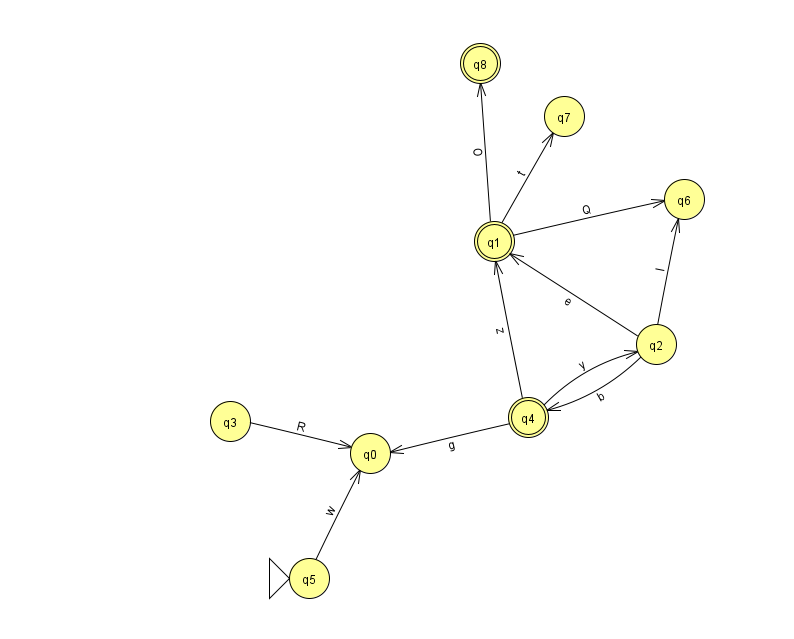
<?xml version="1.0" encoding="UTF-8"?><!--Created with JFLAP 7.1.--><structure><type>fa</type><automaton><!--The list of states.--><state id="0" name="q0"><x>370.0</x><y>440.0</y></state><state id="1" name="q1"><x>494.0</x><y>228.0</y><final/></state><state id="2" name="q2"><x>656.0</x><y>331.0</y></state><state id="3" name="q3"><x>230.0</x><y>408.0</y></state><state id="4" name="q4"><x>528.0</x><y>404.0</y><final/></state><state id="5" name="q5"><x>309.0</x><y>565.0</y><initial/></state><state id="6" name="q6"><x>684.0</x><y>186.0</y></state><state id="7" name="q7"><x>564.0</x><y>103.0</y></state><state id="8" name="q8"><x>480.0</x><y>50.0</y><final/></state><!--The list of transitions.--><transition><from>4</from><to>1</to><read>z</read></transition><transition><from>2</from><to>4</to><read>b</read></transition><transition><from>4</from><to>0</to><read>g</read></transition><transition><from>4</from><to>2</to><read>y</read></transition><transition><from>1</from><to>7</to><read>t</read></transition><transition><from>1</from><to>6</to><read>Q</read></transition><transition><from>2</from><to>6</to><read>l</read></transition><transition><from>5</from><to>0</to><read>w</read></transition><transition><from>1</from><to>8</to><read>O</read></transition><transition><from>2</from><to>1</to><read>e</read></transition><transition><from>3</from><to>0</to><read>R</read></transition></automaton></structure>